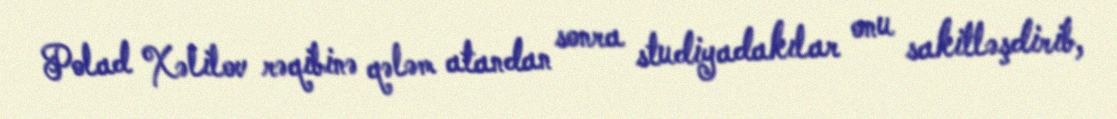
Polad Xəlilov rəqibinə qələm atandan sonra studiyadakılar onu sakitləşdirib,